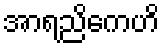
အာရညိကေဟိ